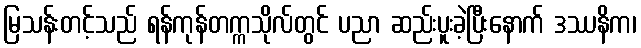
မြသန်းတင့်သည် ရန်ကုန်တက္ကသိုလ်တွင် ပညာ ဆည်းပူးခဲ့ပြီးနောက် ဒဿနိက၊